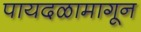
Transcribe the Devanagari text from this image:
पायदळामागून